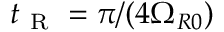
t _ { \mathrm { ~ R ~ } } = \pi / ( 4 \Omega _ { R 0 } )